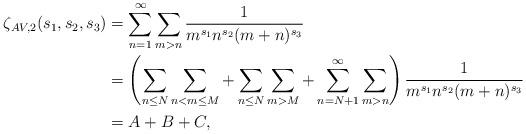
LaTeX: \begin{align*}\zeta_{AV,2} (s_1,s_2,s_3) &= \sum_{n=1}^\infty \sum_{m>n} \frac{1}{m^{s_1}n^{s_2}(m+n)^{s_3}} \\&= \left( \sum_{n \leq N} \sum_{n<m \leq M} + \sum_{n \leq N} \sum_{m> M} + \sum_{n=N+1}^\infty \sum_{m>n} \right) \frac{1}{m^{s_1}n^{s_2}(m+n)^{s_3}} \\&= A + B + C, \end{align*}